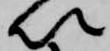
以